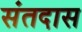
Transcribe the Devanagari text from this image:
संतदास